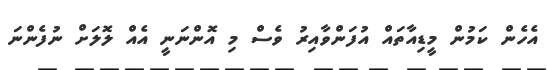
އެހެން ކަމުން މީޑިއާތައް އުފަންވާއިރު ވެސް މި އޮންނަނީ އެއް ލޮލަށް ނުފެންނަ